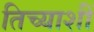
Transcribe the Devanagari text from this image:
तिच्याशीं